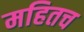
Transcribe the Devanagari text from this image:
महितच